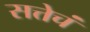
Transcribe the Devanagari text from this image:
सत्तेचं